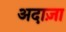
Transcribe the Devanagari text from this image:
अदाज़ा